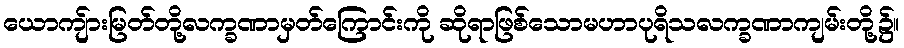
ယောကျ်ားမြတ်တို့လက္ခဏာမှတ်ကြောင်းကို ဆိုရာဖြစ်သောမဟာပုရိသလက္ခဏာကျမ်းတို့၌။